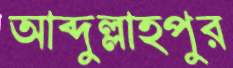
আব্দুল্লাহপুর